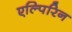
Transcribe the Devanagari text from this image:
एल्पिरिन